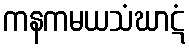
ကနကမယသံဃာဋံ